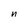
Character: n